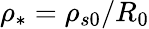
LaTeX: \rho_{*}=\rho_{s0}/R_{0}